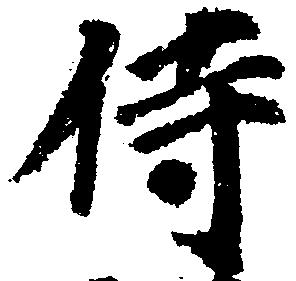
侍